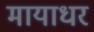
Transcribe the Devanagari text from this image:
मायाधर